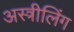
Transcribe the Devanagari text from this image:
अस्त्रीलिंग